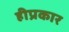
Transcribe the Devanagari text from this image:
हीप्रकार